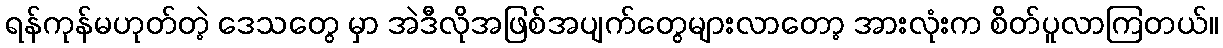
ရန်ကုန်မဟုတ်တဲ့ ဒေသတွေ မှာ အဲဒီလိုအဖြစ်အပျက်တွေများလာတော့ အားလုံးက စိတ်ပူလာကြတယ်။